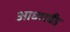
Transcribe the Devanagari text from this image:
आधारबैंड